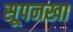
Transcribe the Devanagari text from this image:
सूपनखा